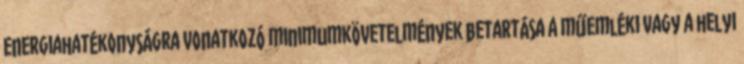
energiahatékonyságra vonatkozó minimumkövetelmények betartása a műemléki vagy a helyi